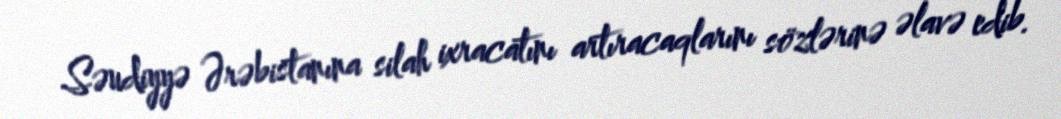
Səudiyyə Ərəbistanına silah ixracatını artıracaqlarını sözlərinə əlavə edib.